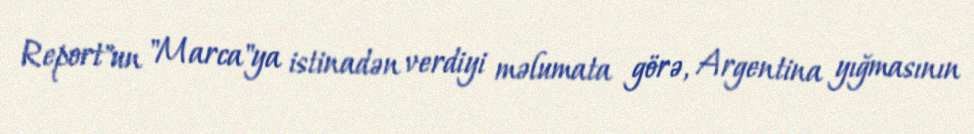
Report"un "Marca"ya istinadən verdiyi məlumata görə, Argentina yığmasının